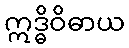
ဣဒ္ဓိဝိဓာယ